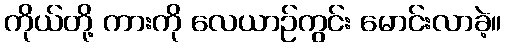
ကိုယ်တို့ ကားကို လေယာဉ်ကွင်း မောင်းလာခဲ့။